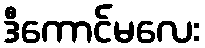
ဒီကောင်မလေး